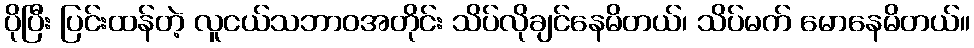
ပိုပြီး ပြင်းထန်တဲ့ လူငယ်သဘာဝအတိုင်း သိပ်လိုချင်နေမိတယ်၊ သိပ်မက် မောနေမိတယ်။